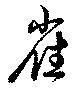
雀